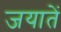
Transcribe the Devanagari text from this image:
जयातें